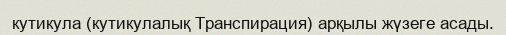
кутикула (кутикулалық Транспирация) арқылы жүзеге асады.